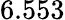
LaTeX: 6.553